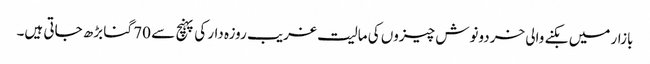
بازار میں بکنے والی خردونوش چیزوں کی مالیت غریب روزہ دار کی پہنچ سے 70 گنا بڑھ جاتی ہیں۔